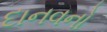
દાનવનો